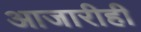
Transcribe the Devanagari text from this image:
आजारीही